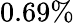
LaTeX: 0.69\%